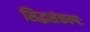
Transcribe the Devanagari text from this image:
सिद्धसंकल्पः